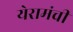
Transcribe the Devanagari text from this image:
येरामंची